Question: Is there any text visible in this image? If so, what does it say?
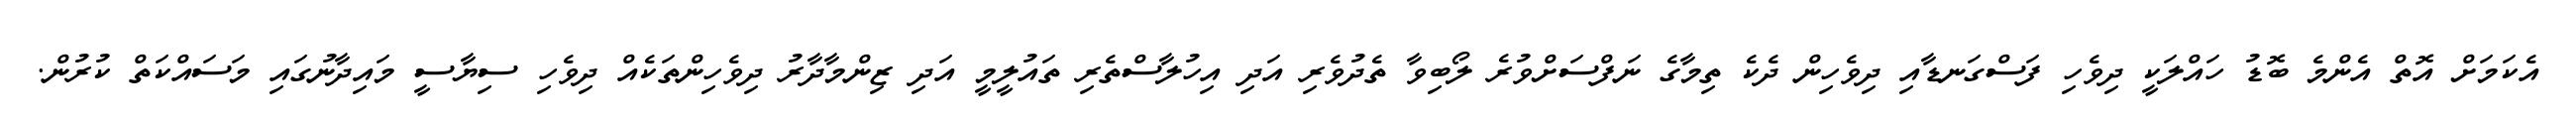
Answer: އެކަމަށް އޮތް އެންމެ ބޮޑު ހައްލަކީ ދިވެހި ފަސްގަނޑާއި ދިވެހިން ދެކެ ތިމާގެ ނަފްސަށްވުރެ ލޯބިވާ ތެދުވެރި އަދި އިހުލާސްތެރި ތައުލީމީ އަދި ޒިންމާދާރު ދިވެހިންތަކެއް ދިވެހި ސިޔާސީ މައިދާނުގައި މަސައްކަތް ކުރުން.